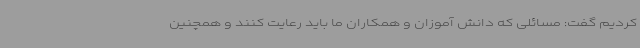
کردیم گفت: مسائلی که دانش آموزان و همکاران ما باید رعایت کنند و همچنین